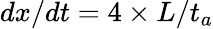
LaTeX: {dx}/{dt}={4\times L}/{t_{a}}